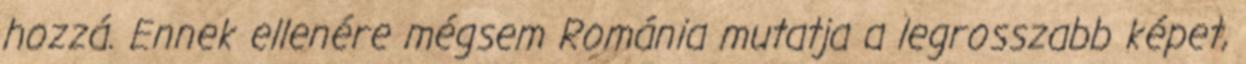
hozzá. Ennek ellenére mégsem Románia mutatja a legrosszabb képet,